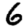
Digit: 6